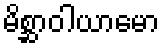
မိစ္ဆာဝါယာမော